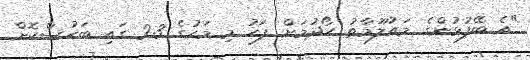
"އެ ބޭފުޅުންގެ މައުލޫމާތު ހޯދުމަށް ފަހު މި މަހުގެ 23 ގައި ބަހުސްކޮށް